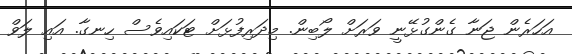
އަހަރެން ޖަނާ ގެންގުޅޭނީ ވަރަށް ލޯބިން. މިދަރިފުޅަށް ޓަކައިވެސް ހިނގާ. އައި ލަވް